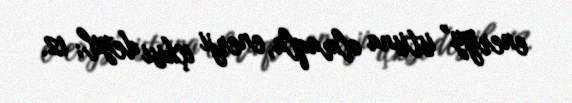
energy” istisna olmaqla, enerji içkisi deyil; 12.